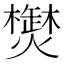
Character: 𱬤